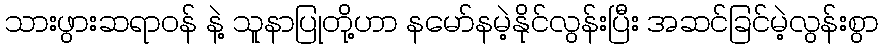
သားဖွားဆရာဝန် နဲ့ သူနာပြုတို့ဟာ နမော်နမဲ့နိုင်လွန်းပြီး အဆင်ခြင်မဲ့လွန်းစွာ